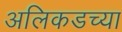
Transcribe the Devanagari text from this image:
अलिकडच्‍या